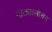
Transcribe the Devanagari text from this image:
नाट्यालोचन